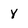
Character: Y